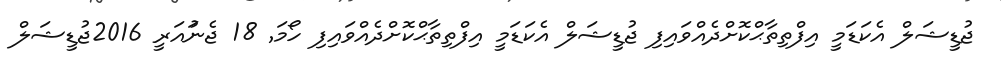
ޖުޑީޝަލް އެކަޑަމީ އިފްތިތާޙްކޮށްދެއްވައިފި ޖުޑީޝަލް އެކަޑަމީ އިފްތިތާޙްކޮށްދެއްވައިފި ހޯމަ